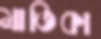
মাতিকা